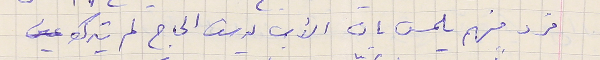
فرد منهم يلمس بان الأب يوسف الحاج لم يترك